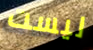
ليست